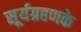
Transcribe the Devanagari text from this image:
सूर्यग्रहणके